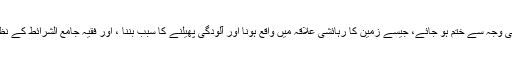
مگر یہ کہ اس زمین سے قبرستان کے عنوان سے استفادہ کرنا کسی وجہ سے ختم ہو جائے، جیسے زمین کا رہائشی علاقہ میں واقع ہونا اور آلودگی پھیلنے کا سبب بننا ، اور فقیہ جامع الشرائط کے نظریہ کے مطابق زمین کو قبرستان سے مسجد میں تبدیل کیا جائے۔